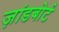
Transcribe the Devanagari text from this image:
ज़ांडबोर्ट